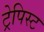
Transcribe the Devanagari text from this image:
ट्रेपिस्ट